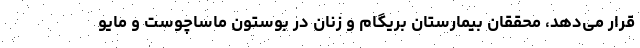
قرار می‌دهد، محققان بیمارستان بریگام و زنان در بوستون ماساچوست و مایو